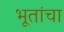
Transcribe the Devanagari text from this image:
भूतांचा